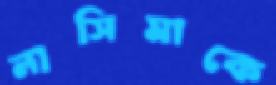
নাসিমাকে